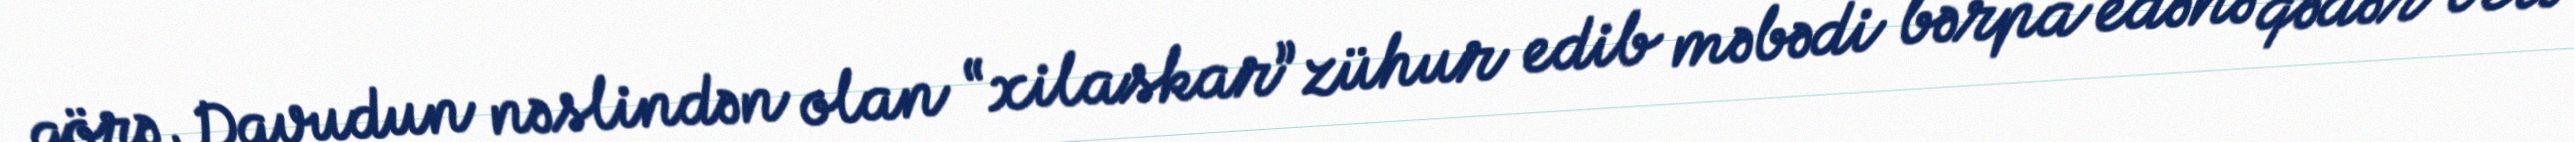
görə, Davudun nəslindən olan “xilaskar” zühur edib məbədi bərpa edənə qədər belə